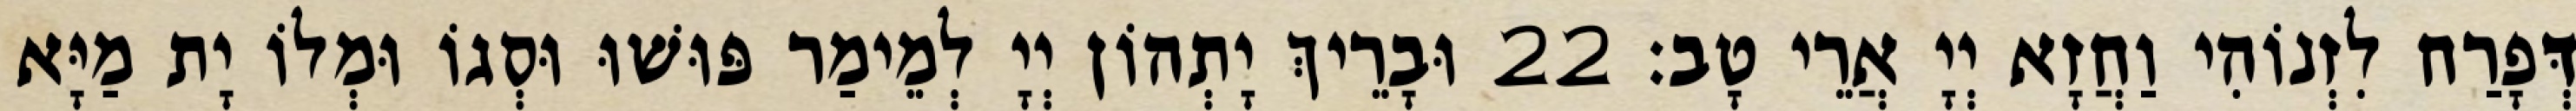
דְּפָרַח לִזְנוֹהִי וַחֲזָא יְיָ אֲרֵי טָב׃ 22 וּבָרֵיךְ יָתְהוֹן יְיָ לְמֵימַר פּוּשׁוּ וּסְגוֹ וּמְלוֹ יָת מַיָּא